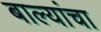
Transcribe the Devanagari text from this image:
बाल्यांचा